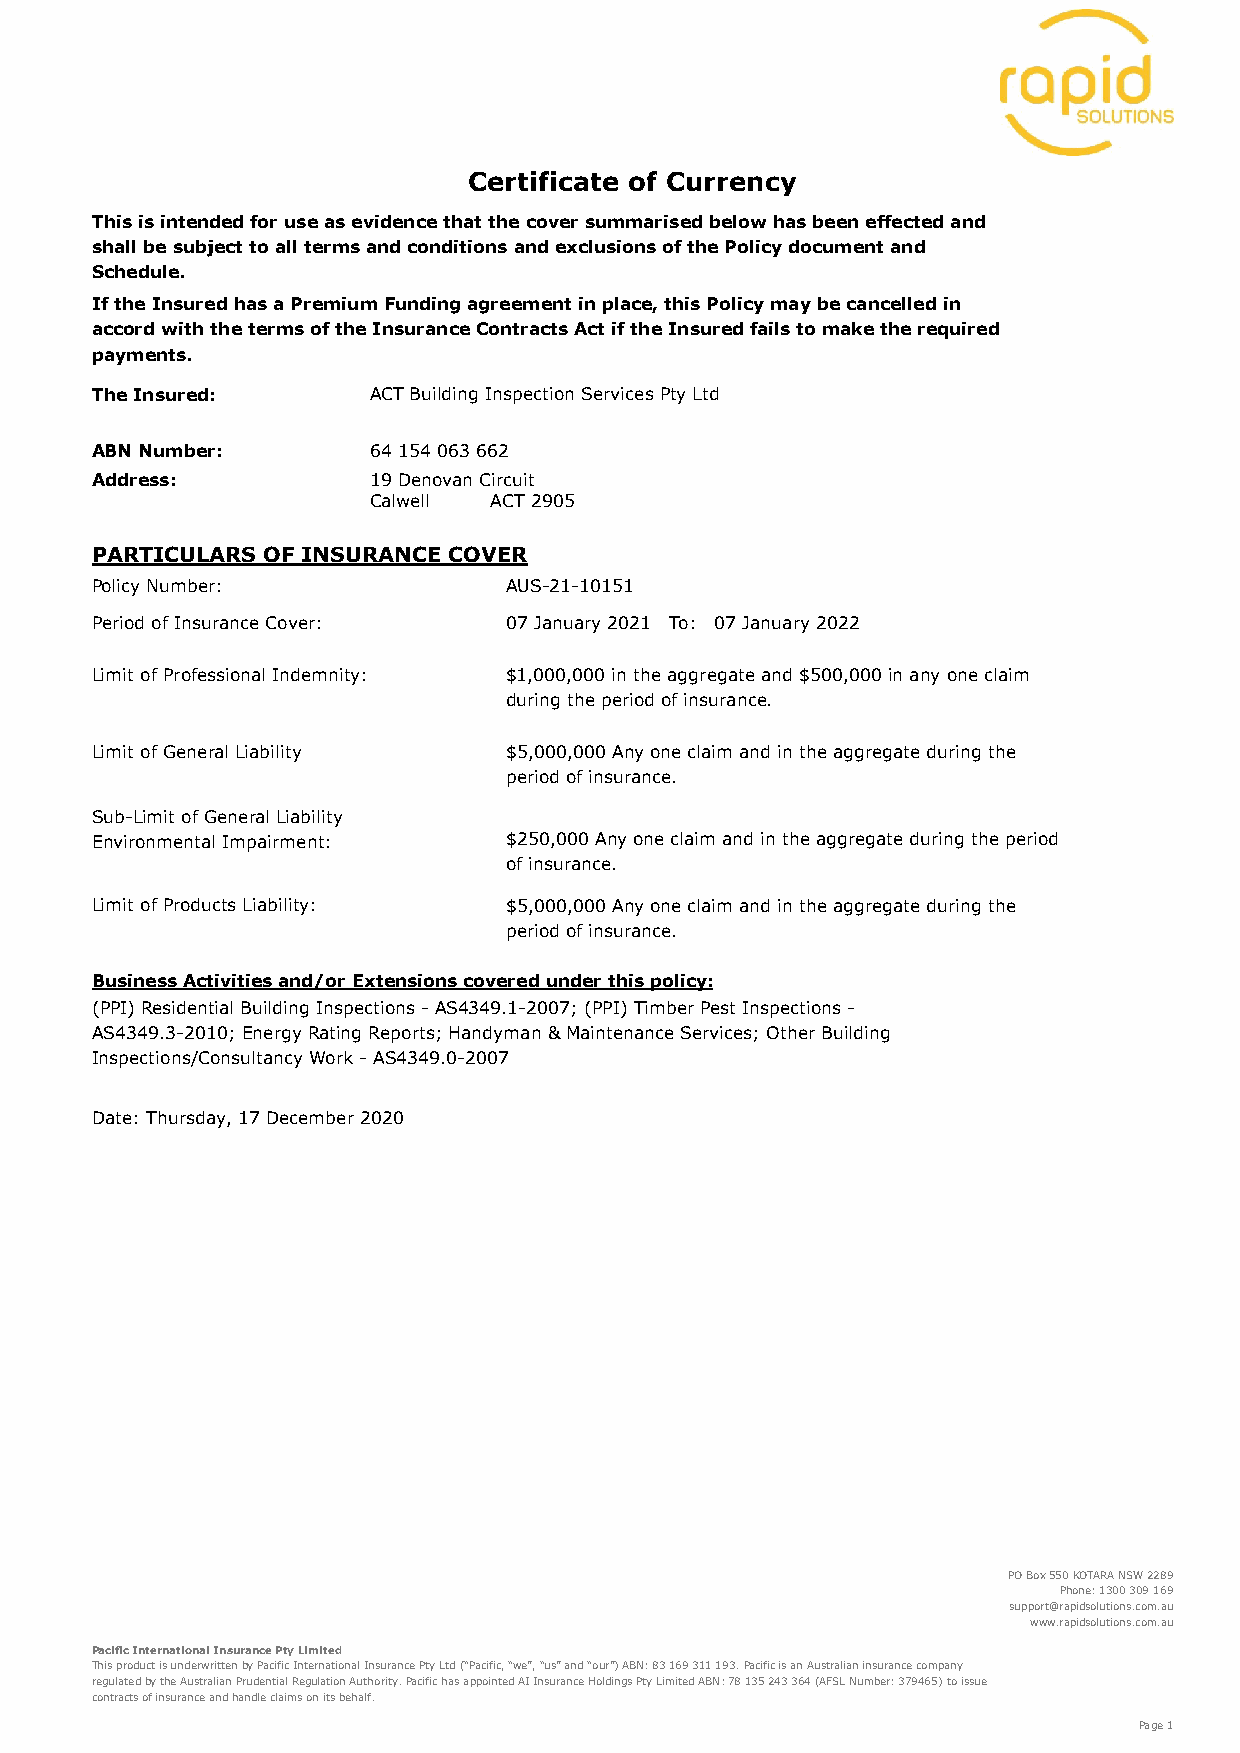
Certificate of Currency
 This is intended for use as evidence that the cover summarised below has been effected and
 shall be subject to all terms and conditions and exclusions of the Policy document and
 Schedule.
 If the Insured has a Premium Funding agreement in place, this Policy may be cancelled in
 accord with the terms of the Insurance Contracts Act if the Insured fails to make the required
 payments.
 The Insured:      ACT Building Inspection Services Pty Ltd
 ABN Number:       64 154 063 662
 Address:          19 Denovan Circuit
 Calwell  ACT 2905
 PARTICULARS OF INSURANCE COVER
 Policy Number:             AUS-21-10151
 Period of Insurance Cover: 07 January 2021 To: 07 January 2022
 Limit of Professional Indemnity: $1,000,000 in the aggregate and $500,000 in any one claim
 during the period of insurance.
 Limit of General Liability $5,000,000 Any one claim and in the aggregate during the
 period of insurance.
 Sub-Limit of General Liability
 Environmental Impairment:  $250,000 Any one claim and in the aggregate during the period
 of insurance.
 Limit of Products Liability: $5,000,000 Any one claim and in the aggregate during the
 period of insurance.
 Business Activities and/or Extensions covered under this policy:
 (PPI) Residential Building Inspections - AS4349.1-2007; (PPI) Timber Pest Inspections -
 AS4349.3-2010; Energy Rating Reports; Handyman & Maintenance Services; Other Building
 Inspections/Consultancy Work - AS4349.0-2007
 Date: Thursday, 17 December 2020
 PO Box 550 KOTARA NSW 2289
 Phone: 1300 309 169
 support@rapidsolutions.com.au
 www.rapidsolutions.com.au
 Pacific International Insurance Pty Limited
 This product is underwritten by Pacific International Insurance Pty Ltd (“Pacific, “we”, “us” and “our”) ABN: 83 169 311 193. Pacific is an Australian insurance company
 regulated by the Australian Prudential Regulation Authority. Pacific has appointed AI Insurance Holdings Pty Limited ABN: 78 135 243 364 (AFSL Number: 379465) to issue
 contracts of insurance and handle claims on its behalf.
 Page 1